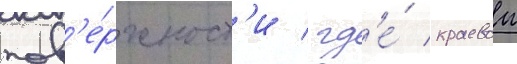
пов'е́рхност'и / гд'е́ краевои